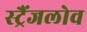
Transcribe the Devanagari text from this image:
स्ट्रैंजलोव